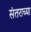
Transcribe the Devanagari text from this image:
संतराच्या